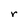
Character: r